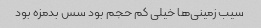
سیب زمینی‌ها خیلی کم حجم بود سس بدمزه بود